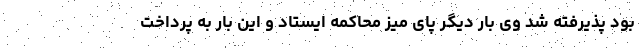
بود پذیرفته شد وی بار دیگر پای میز محاکمه ایستاد و این بار به پرداخت